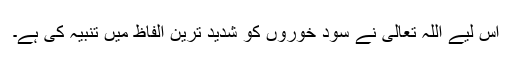
اس لیے اللہ تعالیٰ نے سود خوروں کو شدید ترین الفاظ میں تنبیہ کی ہے۔